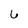
Character: 6